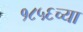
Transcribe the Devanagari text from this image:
१८५६च्या